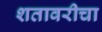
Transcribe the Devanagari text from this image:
शतावरीचा